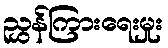
ညွှန်ကြားရေးမှုး